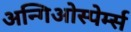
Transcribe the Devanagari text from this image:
अन्गिओस्पेर्म्स